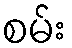
စမ်း